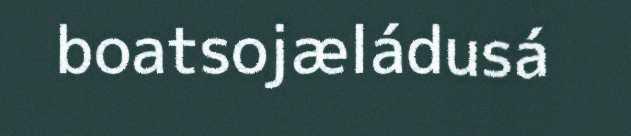
boatsojæládusá